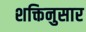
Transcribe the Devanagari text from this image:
शक्तिनुसार